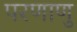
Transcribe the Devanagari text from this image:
परणाणु